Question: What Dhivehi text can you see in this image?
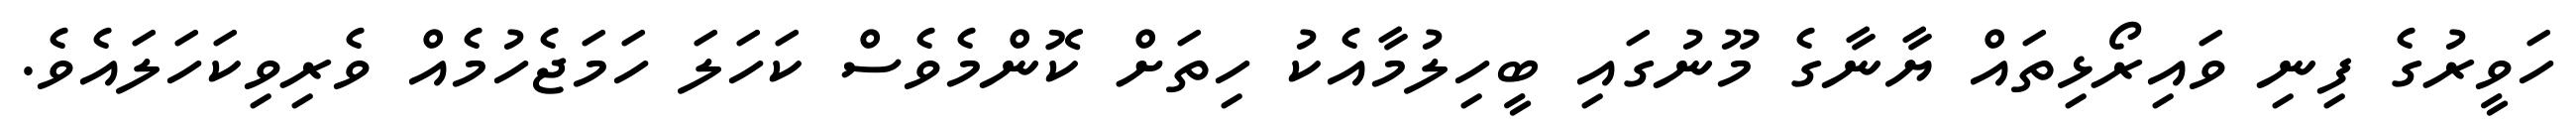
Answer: ހަވީރުގެ ފިނި ވައިރޯޅިތައް ޔާނާގެ މޫނުގައި ބީހިލުމާއެކު ހިތަށް ކޮންމެވެސް ކަހަލަ ހަމަޖެހުމެއް ވެރިވިކަހަލައެވެ.